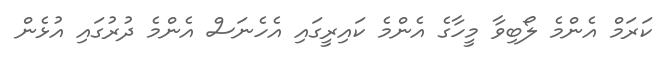
ކަރަމް އެންމެ ލޯބިވާ މީހާގެ އެންމެ ކައިރީގައި އެހެނަސް އެންމެ ދުރުގައި އުޅެން